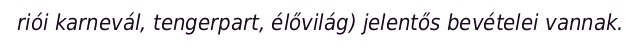
riói karnevál, tengerpart, élővilág) jelentős bevételei vannak.